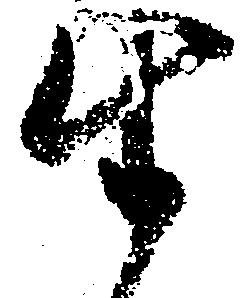
生